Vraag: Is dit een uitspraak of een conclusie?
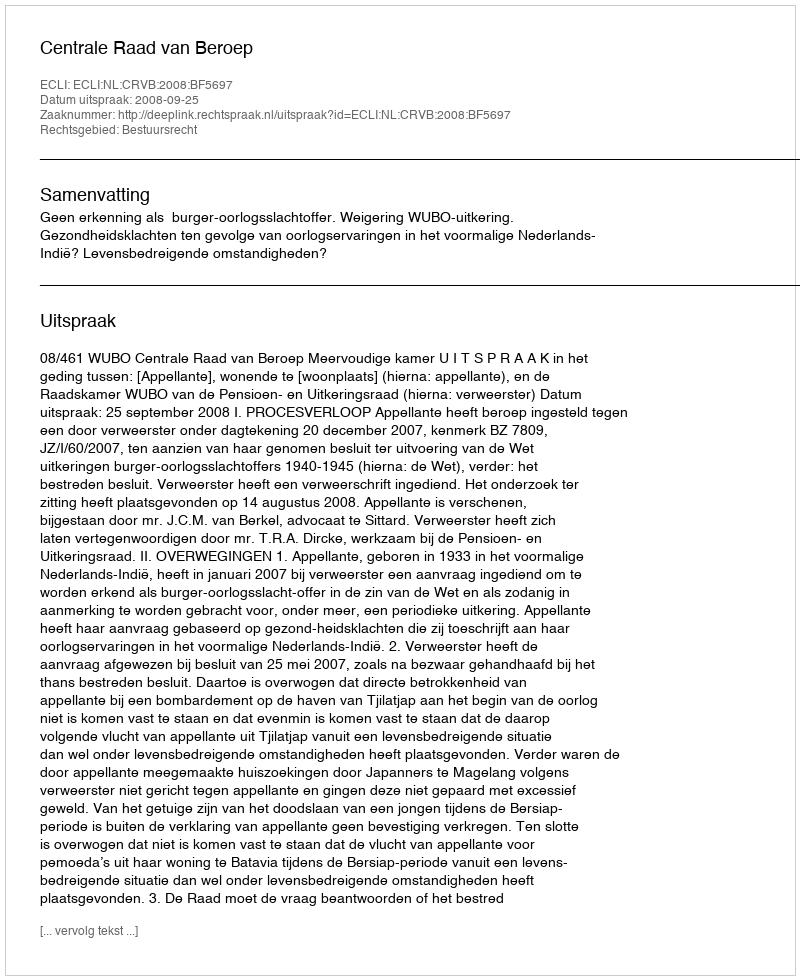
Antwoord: Uitspraak